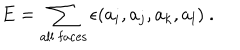
E = \sum _ { \mathrm { a l l ~ f a c e s } } \epsilon ( a _ { i } , a _ { j } , a _ { k } , a _ { l } ) ~ .